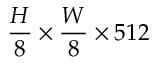
\frac { H } { 8 } \times \frac { W } { 8 } \times 5 1 2